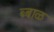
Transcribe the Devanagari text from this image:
ब्बाळ